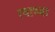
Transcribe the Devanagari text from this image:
त्‍याच्या